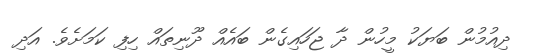
ދިއުމުން ބަޔަކު މީހުން ދާ ޖަހައިގެން ބައެއް ދޫނިތައް ހިފި ކަމަށެވެ. އަދި